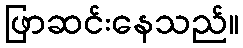
ဖြာဆင်းနေသည်။